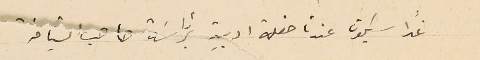
غدا سيكون عندنا حفلة ادبية برئاسَة صاحب النيافة